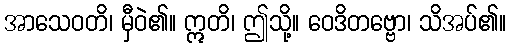
အာသေဝတိ၊ မှီဝဲ၏။ ဣတိ၊ ဤသို့။ ဝေဒိတဗ္ဗော၊ သိအပ်၏။